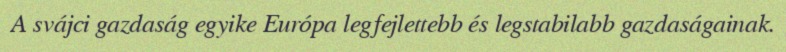
A svájci gazdaság egyike Európa legfejlettebb és legstabilabb gazdaságainak.